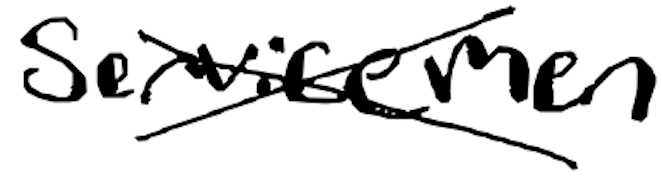
Text: servicemen
Cross-out: cross
Writing tool: digital_black